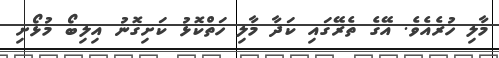
މާލި ހުރެއެވެ. އޭގެ ތެރޭގައި ކަދާ މާލި ހަތްކޮޅު ކަށިގޮނު އިލިބޯ މުޅޯށި